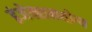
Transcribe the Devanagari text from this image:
इंजेक्शनयोग्य